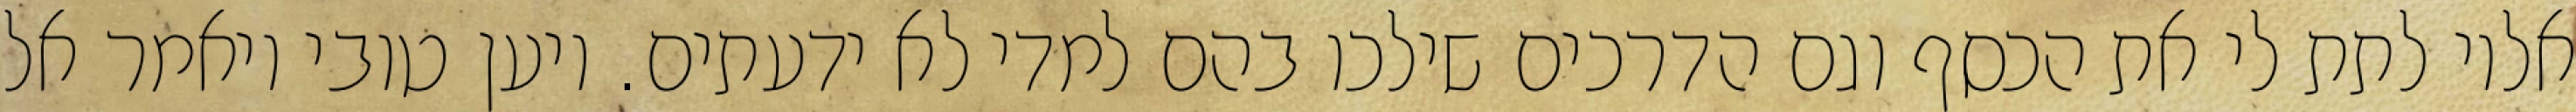
אליו לתת לי את הכסף וגם הדרכים שילכו בהם למדי לא ידעתים. ויען טובי ויאמר אל